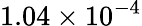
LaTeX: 1.04\times 10^{-4}